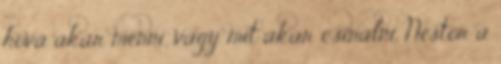
hová akar menni, vagy mit akar csinálni. Nestor a